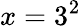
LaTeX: x=3^{2}